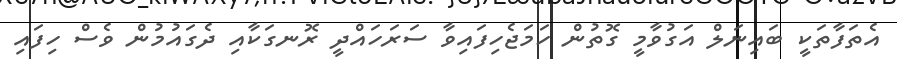
އެތަފާތަކީ ބައިނަލް އަގުވާމީ ގޮތުން ހަމަޖެހިފައިވާ ސަރަހައްދީ ރޮނގަކާއި ދެގައުމުން ވެސް ހިފައި